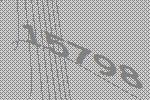
15798